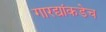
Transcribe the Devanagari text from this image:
गारद्यांकडेच